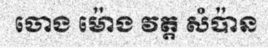
ចោង ម៉ោង វត្ត សំប៉ាន